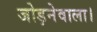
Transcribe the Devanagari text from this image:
जोड़नेवाला।